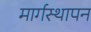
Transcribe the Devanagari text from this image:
मार्गस्थापन